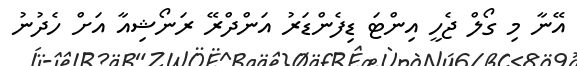
އޭނާ މި ގޯލް ޖެހީ އިންޓަ ޑިފެންޑަރު އަންދްރޭ ރަނޯޝިއާ އަށް ހެދުނު